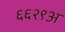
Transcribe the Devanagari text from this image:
६६२९अ